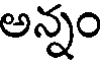
అన్నం